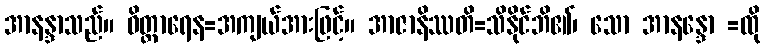
အာနန္ဒာသည်။ ဝိတ္ထာရေန=အကျယ်အားဖြင့်။ အာဇာနိဿတိ=သိနိုင်ဘိ၏၊ သော အာနန္ဒော =ထို